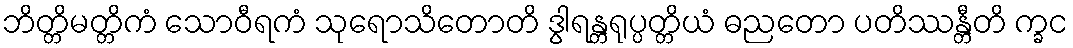
ဘိတ္တိမတ္တိကံ သောဝီရကံ သုရောသိတောတိ ဒွါရန္တရုပ္ပတ္တိယံ ဓညတော ပတိဿန္တီတိ က္ခင